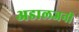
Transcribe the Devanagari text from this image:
अडालजनी